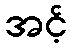
အင့်